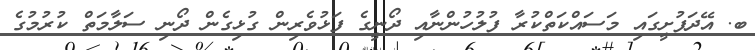
ބ. އޭދަފުށީގައި މަސައްކަތްކުރާ ފުލުހުންނާއި ދޯނީގެ ފަޅުވެރިން ގުޅިގެން ދޯނި ސަލާމަތް ކުރުމުގެ